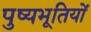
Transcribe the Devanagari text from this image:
पुष्यभूतियों